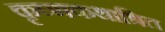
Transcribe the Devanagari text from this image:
कृष्णकथाश्रित